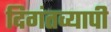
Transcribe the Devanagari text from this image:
दिगंतव्यापी